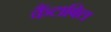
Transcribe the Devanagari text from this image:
कैंटाबिल